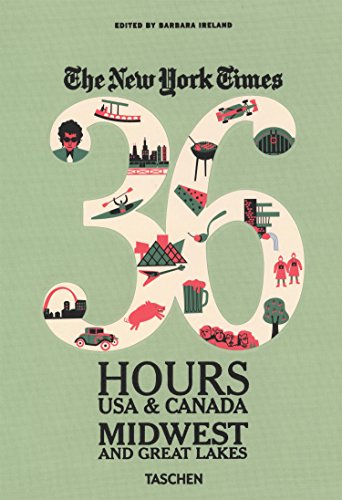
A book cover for The New York Times: 36 Hours USA & Canada, Midwest & Great Lakes; Travel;